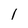
Character: 1